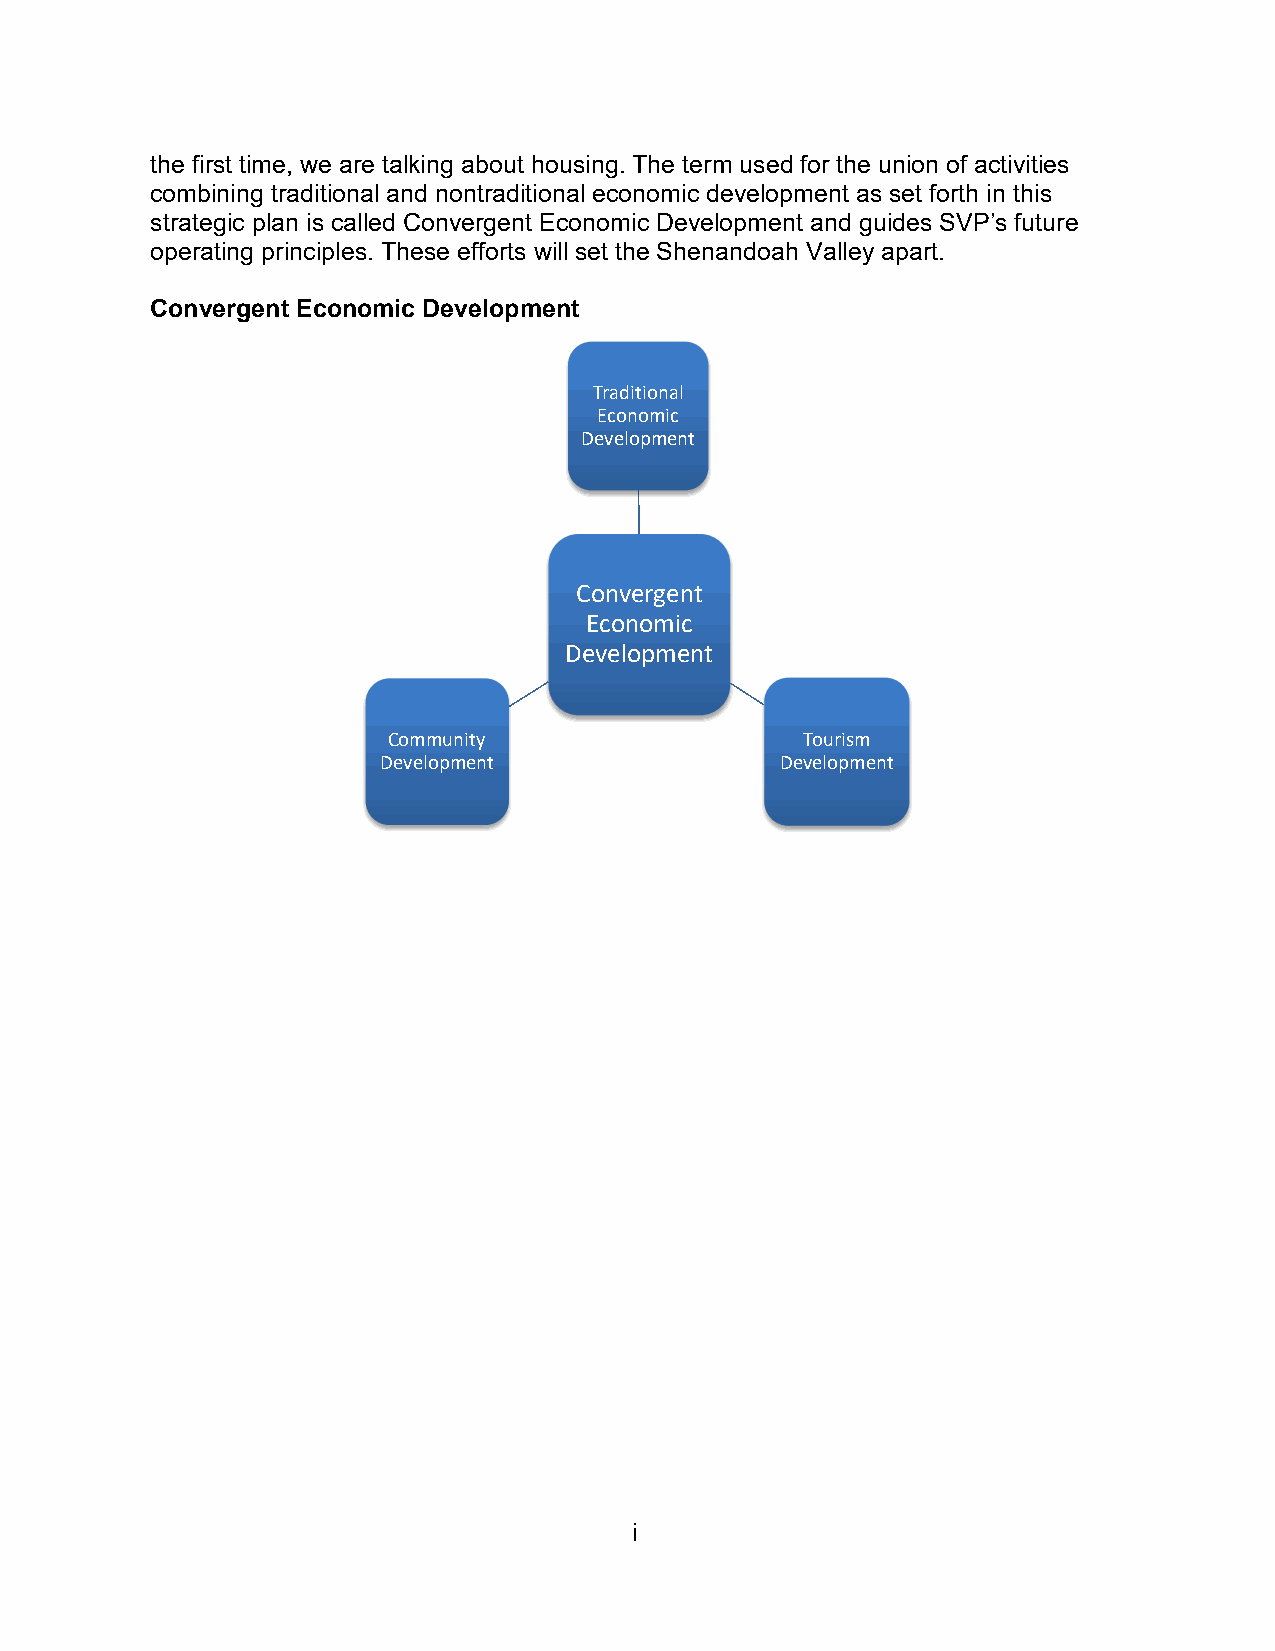
the first time, we are talking about housing. The term used for the union of activities
 combining traditional and nontraditional economic development as set forth in this
 strategic plan is called Convergent Economic Development and guides SVP’s future
 operating principles. These efforts will set the Shenandoah Valley apart.
 Convergent Economic Development
 Traditional
 Economic
 Development
 Convergent
 Economic
 Development
 Community                  Tourism
 Development                Development
 i